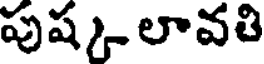
పుష్క లావతి